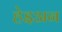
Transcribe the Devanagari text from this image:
हेइअन